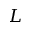
L